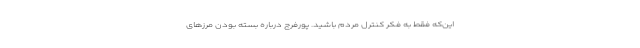
این‌که فقط به فکر کنترل مردم باشید. پورفرج درباره بسته بودن مرزهای